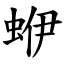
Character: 蛜